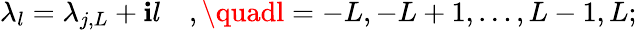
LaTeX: \lambda_{l}=\lambda_{j,L}+\mathbf{i}l\quad,\quadl=-L,-L+1,\dots,L-1,L;